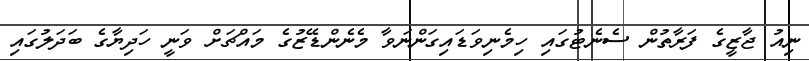
ނިއު ޖާޒީގެ ފަރާތުން ސެނެޓުގައި ހިމެނިވަޑަައިގަންނަވާ މެނެންޑޭޒުގެ މައްޗަށް ވަނީ ހަދިޔާގެ ބަދަލުގައި